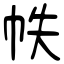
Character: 帙